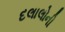
દલાલોની